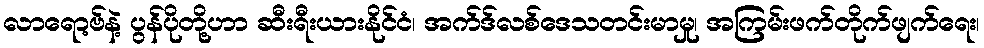
လာရော့ဗ်နဲ့ ပွန်ပိုတို့ဟာ ဆီးရီးယားနိုင်ငံ၊ အက်ဒ်လစ်ဒေသတင်းမာမှု၊ အကြမ်းဖက်တိုက်ဖျက်ရေး၊